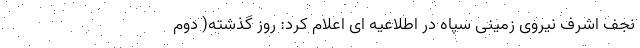
نجف اشرف نیروی زمینی سپاه در اطلاعیه ای اعلام کرد: روز گذشته( دوم